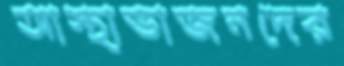
আস্থাভাজনদের